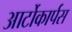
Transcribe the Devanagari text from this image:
आर्टोकार्पस